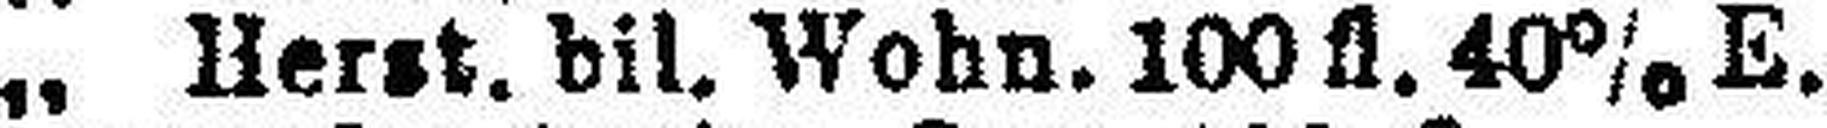
„ Herst. bil. Wohn. 100 fl. 40% E.